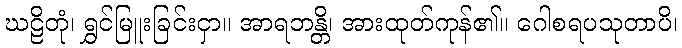
ဃဠိတုံ၊ ရွှင်မြူးခြင်းငှာ။ အာရဘန္တိ၊ အားထုတ်ကုန်၏။ ဂေါစရပသုတာပိ၊